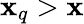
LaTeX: \mathbf{x}_{q}>\mathbf{x}